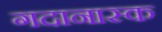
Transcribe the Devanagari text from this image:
गदानास्क